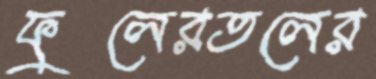
ফুলেরতলের